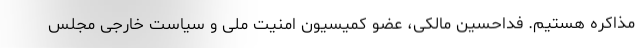
مذاکره هستیم. فداحسین مالکی، عضو کمیسیون امنیت ملی و سیاست خارجی مجلس